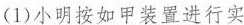
(1)小明按如甲装置进行实